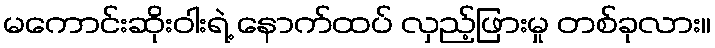
မကောင်းဆိုးဝါးရဲ့ နောက်ထပ် လှည့်ဖြားမှု တစ်ခုလား။